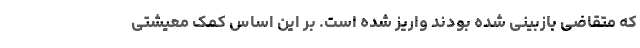
که متقاضی بازبینی شده‌ بودند واریز شده است. بر این اساس کمک معیشتی